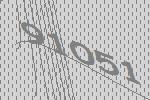
91051